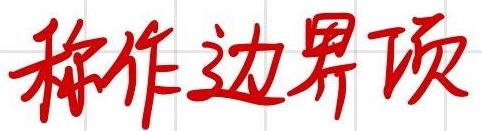
称作边界项